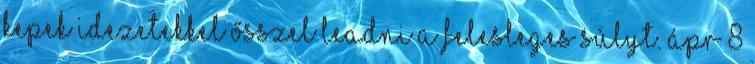
kepek idezetekkel ősszel leadni a felesleges súlyt. Ápr 8